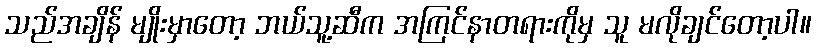
သည်အချိန် မျိုးမှာတော့ ဘယ်သူ့ဆီက အကြင်နာတရားကိုမှ သူ မလိုချင်တော့ပါ။